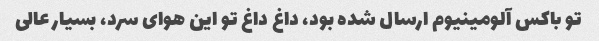
تو باکس آلومینیوم ارسال شده بود، داغ داغ تو این هوای سرد، بسیار عالی